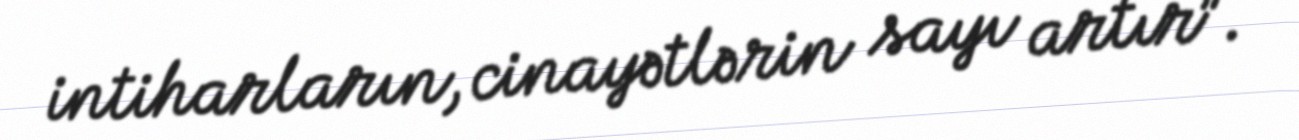
intiharların, cinayətlərin sayı artır”.